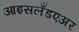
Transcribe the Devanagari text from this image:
आइसलँडएअर